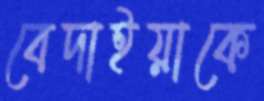
বেদাইয়াকে